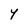
Character: Y